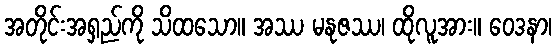
အတိုင်းအရှည်ကို သိထသော။ အဿ မနုဇဿ၊ ထိုလူအား။ ဝေဒနာ၊